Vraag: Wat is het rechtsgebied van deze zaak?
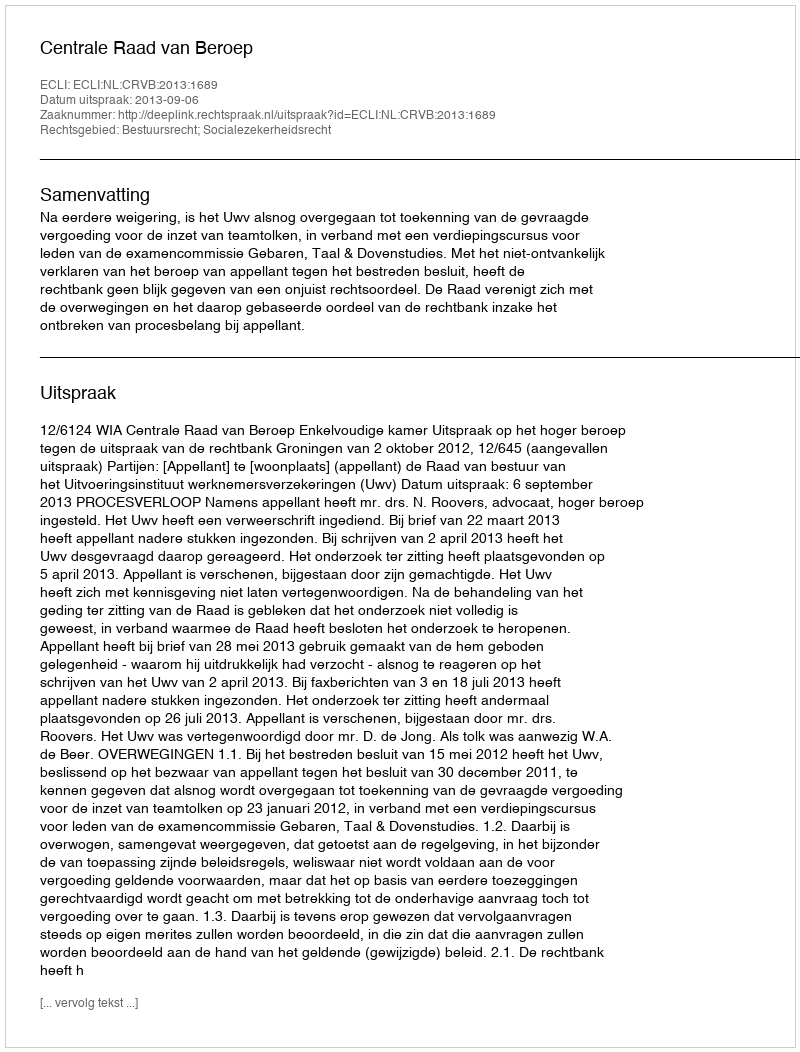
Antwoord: Bestuursrecht; Socialezekerheidsrecht